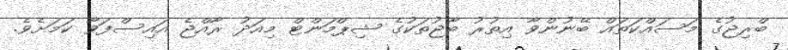
ބްރިޖުގެ މަސައްކަތައް ބޭނުންވާ އިތުރު ބާޖުތަކުގެ ޝިޕްމަންޓް މިއަދު ރާއްޖެ އައިސްފަވާ ކަމަށެވެ.